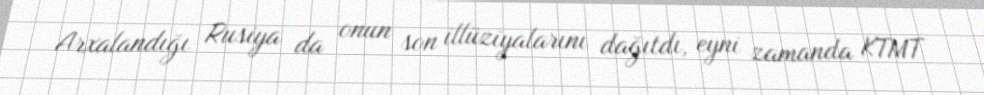
Arxalandığı Rusiya da onun son illüziyalarını dağıtdı, eyni zamanda KTMT